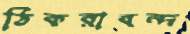
ঠিকরাবন্দ